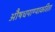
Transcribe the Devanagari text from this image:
औषधपाण्याकरिता